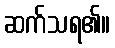
ဆက်သရ၏။